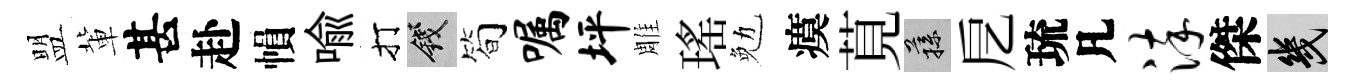
盟軰甚赴𢄙喻打錢简嘱坪雕瑤勉瘼莧蓀戹琉凡淬傑幾